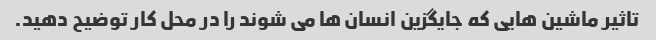
تاثیر ماشین هایی که جایگزین انسان ها می شوند را در محل کار توضیح دهید.